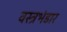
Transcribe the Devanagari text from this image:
वस्त्रभंडार